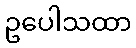
ဥပေါသထာ